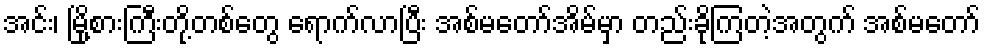
အင်း၊ မြို့စားကြီးတို့တစ်တွေ ရောက်လာပြီး အစ်မတော်အိမ်မှာ တည်းခိုကြတဲ့အတွက် အစ်မတော်